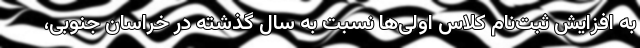
به افزایش ثبت‌نام کلاس اولی‌ها نسبت به سال گذشته در خراسان جنوبی،